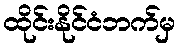
ထိုင်းနိုင်ငံဘက်မှ